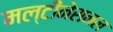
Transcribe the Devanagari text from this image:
मल्टीनेसनल